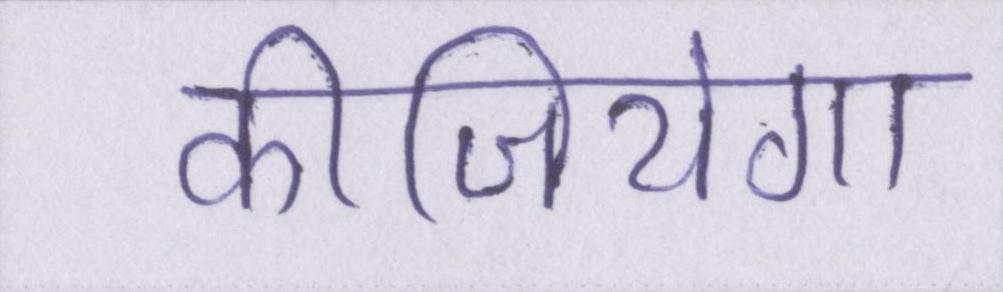
कीजियेगा